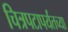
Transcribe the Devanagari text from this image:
चित्रपटापर्यंतच्या